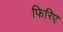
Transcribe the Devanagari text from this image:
फिरिए